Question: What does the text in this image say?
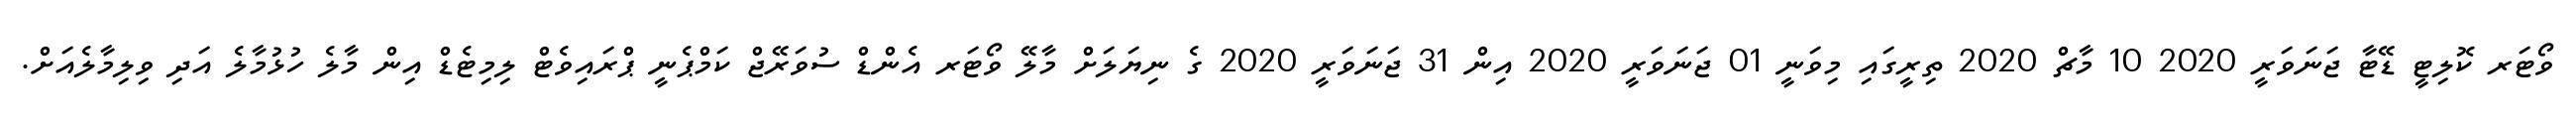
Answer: ވޯޓަރ ކޮލިޓީ ޑޭޓާ ޖަނަވަރީ 2020 10 މާޗް 2020 ތިރީގައި މިވަނީ 01 ޖަނަވަރީ 2020 އިން 31 ޖަނަވަރީ 2020 ގެ ނިޔަލަށް މާލޭ ވޯޓަރ އެންޑް ސުވަރޭޖް ކަމްޕެނީ ޕްރައިވެޓް ލިމިޓެޑް އިން މާލެ ހުޅުމާލެ އަދި ވިލިމާލެއަށް.